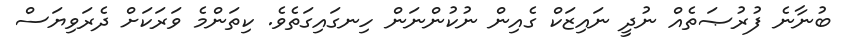
ބުނާނެ ފުރުޞަތެއް ނުދީ ނައިޒަކް ގެއިން ނުކުންނަން ހިނގައިގަތެވެ. ކިތަންމެ ވަރަކަށް ދެރަވިޔަސް